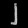
Digit: ၂